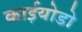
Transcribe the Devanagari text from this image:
काईयोडो